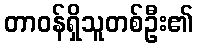
တာဝန်ရှိသူတစ်ဦး၏